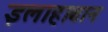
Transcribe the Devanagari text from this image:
इलाहाबान